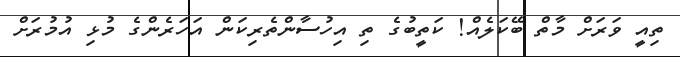
ތިއީ ވަރަށް މާތް ބޭކަލެއް! ކަތީބުގެ ތި އިހުސާންތެރިކަން އަހަރެންގެ މުޅި އުމުރަށް